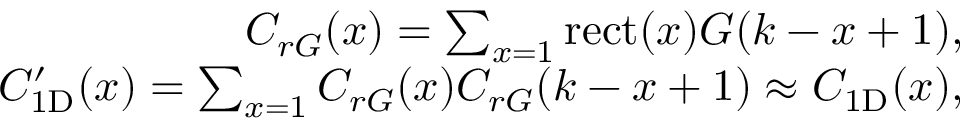
\begin{array} { r } { C _ { r G } ( x ) = \sum _ { x = 1 } \mathrm { r e c t } ( x ) G ( k - x + 1 ) , } \\ { C _ { \mathrm { 1 D } } ^ { \prime } ( x ) = \sum _ { x = 1 } C _ { r G } ( x ) C _ { r G } ( k - x + 1 ) \approx C _ { \mathrm { 1 D } } ( x ) , } \end{array}